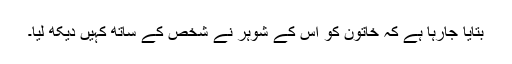
بتایا جارہا ہے کہ خاتون کو اس کے شوہر نے شخص کے ساتھ کہیں دیکھ لیا۔